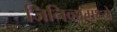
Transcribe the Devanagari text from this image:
जिनिव्हामध्ये